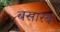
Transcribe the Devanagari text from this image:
बसारब